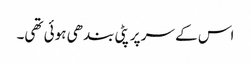
اس کے سر پر پٹی بندھی ہوئی تھی۔